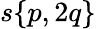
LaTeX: s{\left\{ \begin{array}{l}{p,2q}\end{array}\right\} }